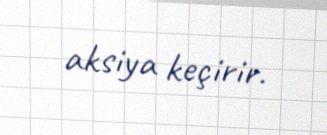
aksiya keçirir.